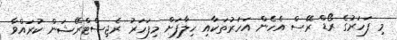
މި ފަހަރުގެ ރޯޑް ރޭސް އެހެން އަހަރުތަކާއި ހިލާފަށް މިފަހަރު ރެޖިސްޓްރޭޝަން ކުރައްވާ